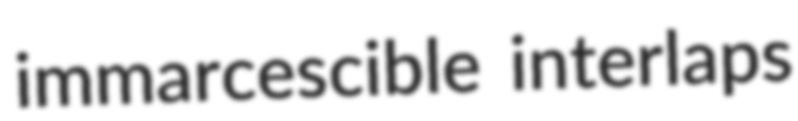
immarcescible interlaps